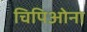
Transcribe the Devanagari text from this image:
चिपिओना